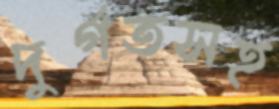
দুর্গতসহ